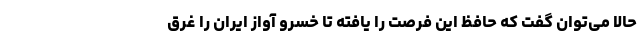
حالا می‌توان گفت که حافظ این فرصت را یافته تا خسرو آواز ایران را غرق